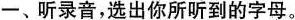
一、听录音,选出你所听到的字母.。